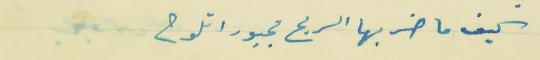
كيف ما ضربها الريح مجبورا تلوح